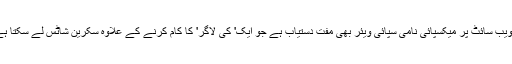
اس کے علاوہ ڈارک ویب میں موجود اس ویب سائٹ پر میکسپائی نامی سپائی ویئر بھی مفت دستیاب ہے جو ایک' کی لاگر' کا کام کرنے کے علاوہ سکرین شاٹس لے سکتا ہے اور مشینوں کے مائیک آن کر سکتا ہے۔